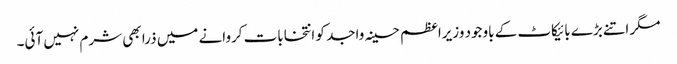
مگر اتنے بڑے بائیکاٹ کے باوجود وزیراعظم حسینہ واجد کو انتخابات کروانے میں ذرا بھی شرم نہیں آئی۔